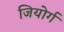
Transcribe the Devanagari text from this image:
जियोर्ग